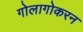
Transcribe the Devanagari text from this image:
गोलागोकरन